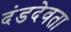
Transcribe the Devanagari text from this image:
दंडदेवता